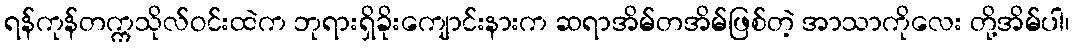
ရန်ကုန်တက္ကသိုလ်ဝင်းထဲက ဘုရားရှိခိုးကျောင်းနားက ဆရာအိမ်တအိမ်ဖြစ်တဲ့ အာသာကိုလေး တို့အိမ်ပါ၊